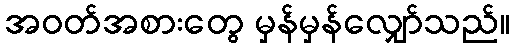
အဝတ်အစားတွေ မှန်မှန်လျှော်သည်။